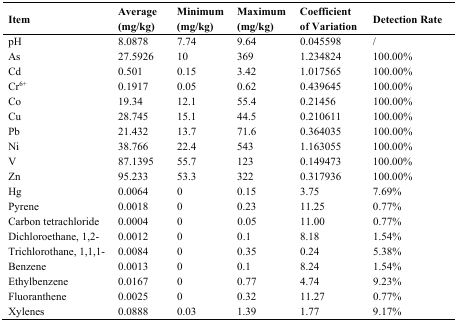
<table><thead><tr><td><b>Item</b></td><td><b>Average (mg/kg)</b></td><td><b>Minimum (mg/kg)</b></td><td><b>Maximum (mg/kg)</b></td><td><b>Coefficient of Variation</b></td><td><b>Detection Rate</b></td></tr></thead><tbody><tr><td>pH</td><td>8.0878</td><td>7.74</td><td>9.64</td><td>0.045598</td><td>/</td></tr><tr><td>As</td><td>27.5926</td><td>10</td><td>369</td><td>1.234824</td><td>100.00%</td></tr><tr><td>Cd</td><td>0.501</td><td>0.15</td><td>3.42</td><td>1.017565</td><td>100.00%</td></tr><tr><td>Cr<sup>6+</sup></td><td>0.1917</td><td>0.05</td><td>0.62</td><td>0.439645</td><td>100.00%</td></tr><tr><td>Co</td><td>19.34</td><td>12.1</td><td>55.4</td><td>0.21456</td><td>100.00%</td></tr><tr><td>Cu</td><td>28.745</td><td>15.1</td><td>44.5</td><td>0.210611</td><td>100.00%</td></tr><tr><td>Pb</td><td>21.432</td><td>13.7</td><td>71.6</td><td>0.364035</td><td>100.00%</td></tr><tr><td>Ni</td><td>38.766</td><td>22.4</td><td>543</td><td>1.163055</td><td>100.00%</td></tr><tr><td>V</td><td>87.1395</td><td>55.7</td><td>123</td><td>0.149473</td><td>100.00%</td></tr><tr><td>Zn</td><td>95.233</td><td>53.3</td><td>322</td><td>0.317936</td><td>100.00%</td></tr><tr><td>Hg</td><td>0.0064</td><td>0</td><td>0.15</td><td>3.75</td><td>7.69%</td></tr><tr><td>Pyrene</td><td>0.0018</td><td>0</td><td>0.23</td><td>11.25</td><td>0.77%</td></tr><tr><td>Carbon tetrachloride</td><td>0.0004</td><td>0</td><td>0.05</td><td>11.00</td><td>0.77%</td></tr><tr><td>Dichloroethane, 1,2-</td><td>0.0012</td><td>0</td><td>0.1</td><td>8.18</td><td>1.54%</td></tr><tr><td>Trichlorothane, 1,1,1-</td><td>0.0084</td><td>0</td><td>0.35</td><td>0.24</td><td>5.38%</td></tr><tr><td>Benzene</td><td>0.0013</td><td>0</td><td>0.1</td><td>8.24</td><td>1.54%</td></tr><tr><td>Ethylbenzene</td><td>0.0167</td><td>0</td><td>0.77</td><td>4.74</td><td>9.23%</td></tr><tr><td>Fluoranthene</td><td>0.0025</td><td>0</td><td>0.32</td><td>11.27</td><td>0.77%</td></tr><tr><td>Xylenes</td><td>0.0888</td><td>0.03</td><td>1.39</td><td>1.77</td><td>9.17%</td></tr></tbody></table>